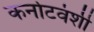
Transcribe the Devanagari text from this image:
कर्नाटवंशी